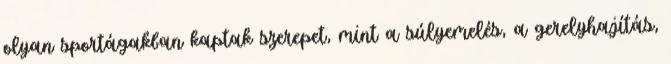
olyan sportágakban kaptak szerepet, mint a súlyemelés, a gerelyhajítás,